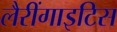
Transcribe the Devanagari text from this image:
लैरींगाइटिस